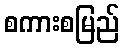
စကားစမြည်